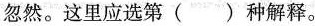
忽然。这里应选第( )种解释。